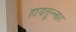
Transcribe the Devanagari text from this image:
हायतुल्लाह